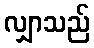
လျှာသည်